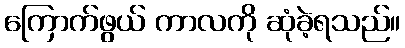
ကြောက်ဖွယ် ကာလကို ဆုံခဲ့ရသည်။